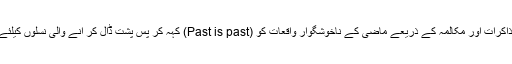
پاک افغان دوستی کو مضبوط بنانے کیلئے مختلف فورم تشکیل دئیے جائیں تاکہ گفتگو‘ مذاکرات اور مکالمہ کے ذریعے ماضی کے ناخوشگوار واقعات کو (Past is past) کہہ کر پس پشت ڈال کر آنے والی نسلوں کیلئے دونوں ملکوں کے وسائل سے یکجا طور پر مستفید ہونے کے مواقع فراہم کئے جاسکیں۔